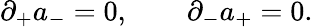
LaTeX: \partial_{+}a_{-}=0,\qquad\partial_{-}a_{+}=0.